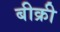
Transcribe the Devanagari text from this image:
बीक्री